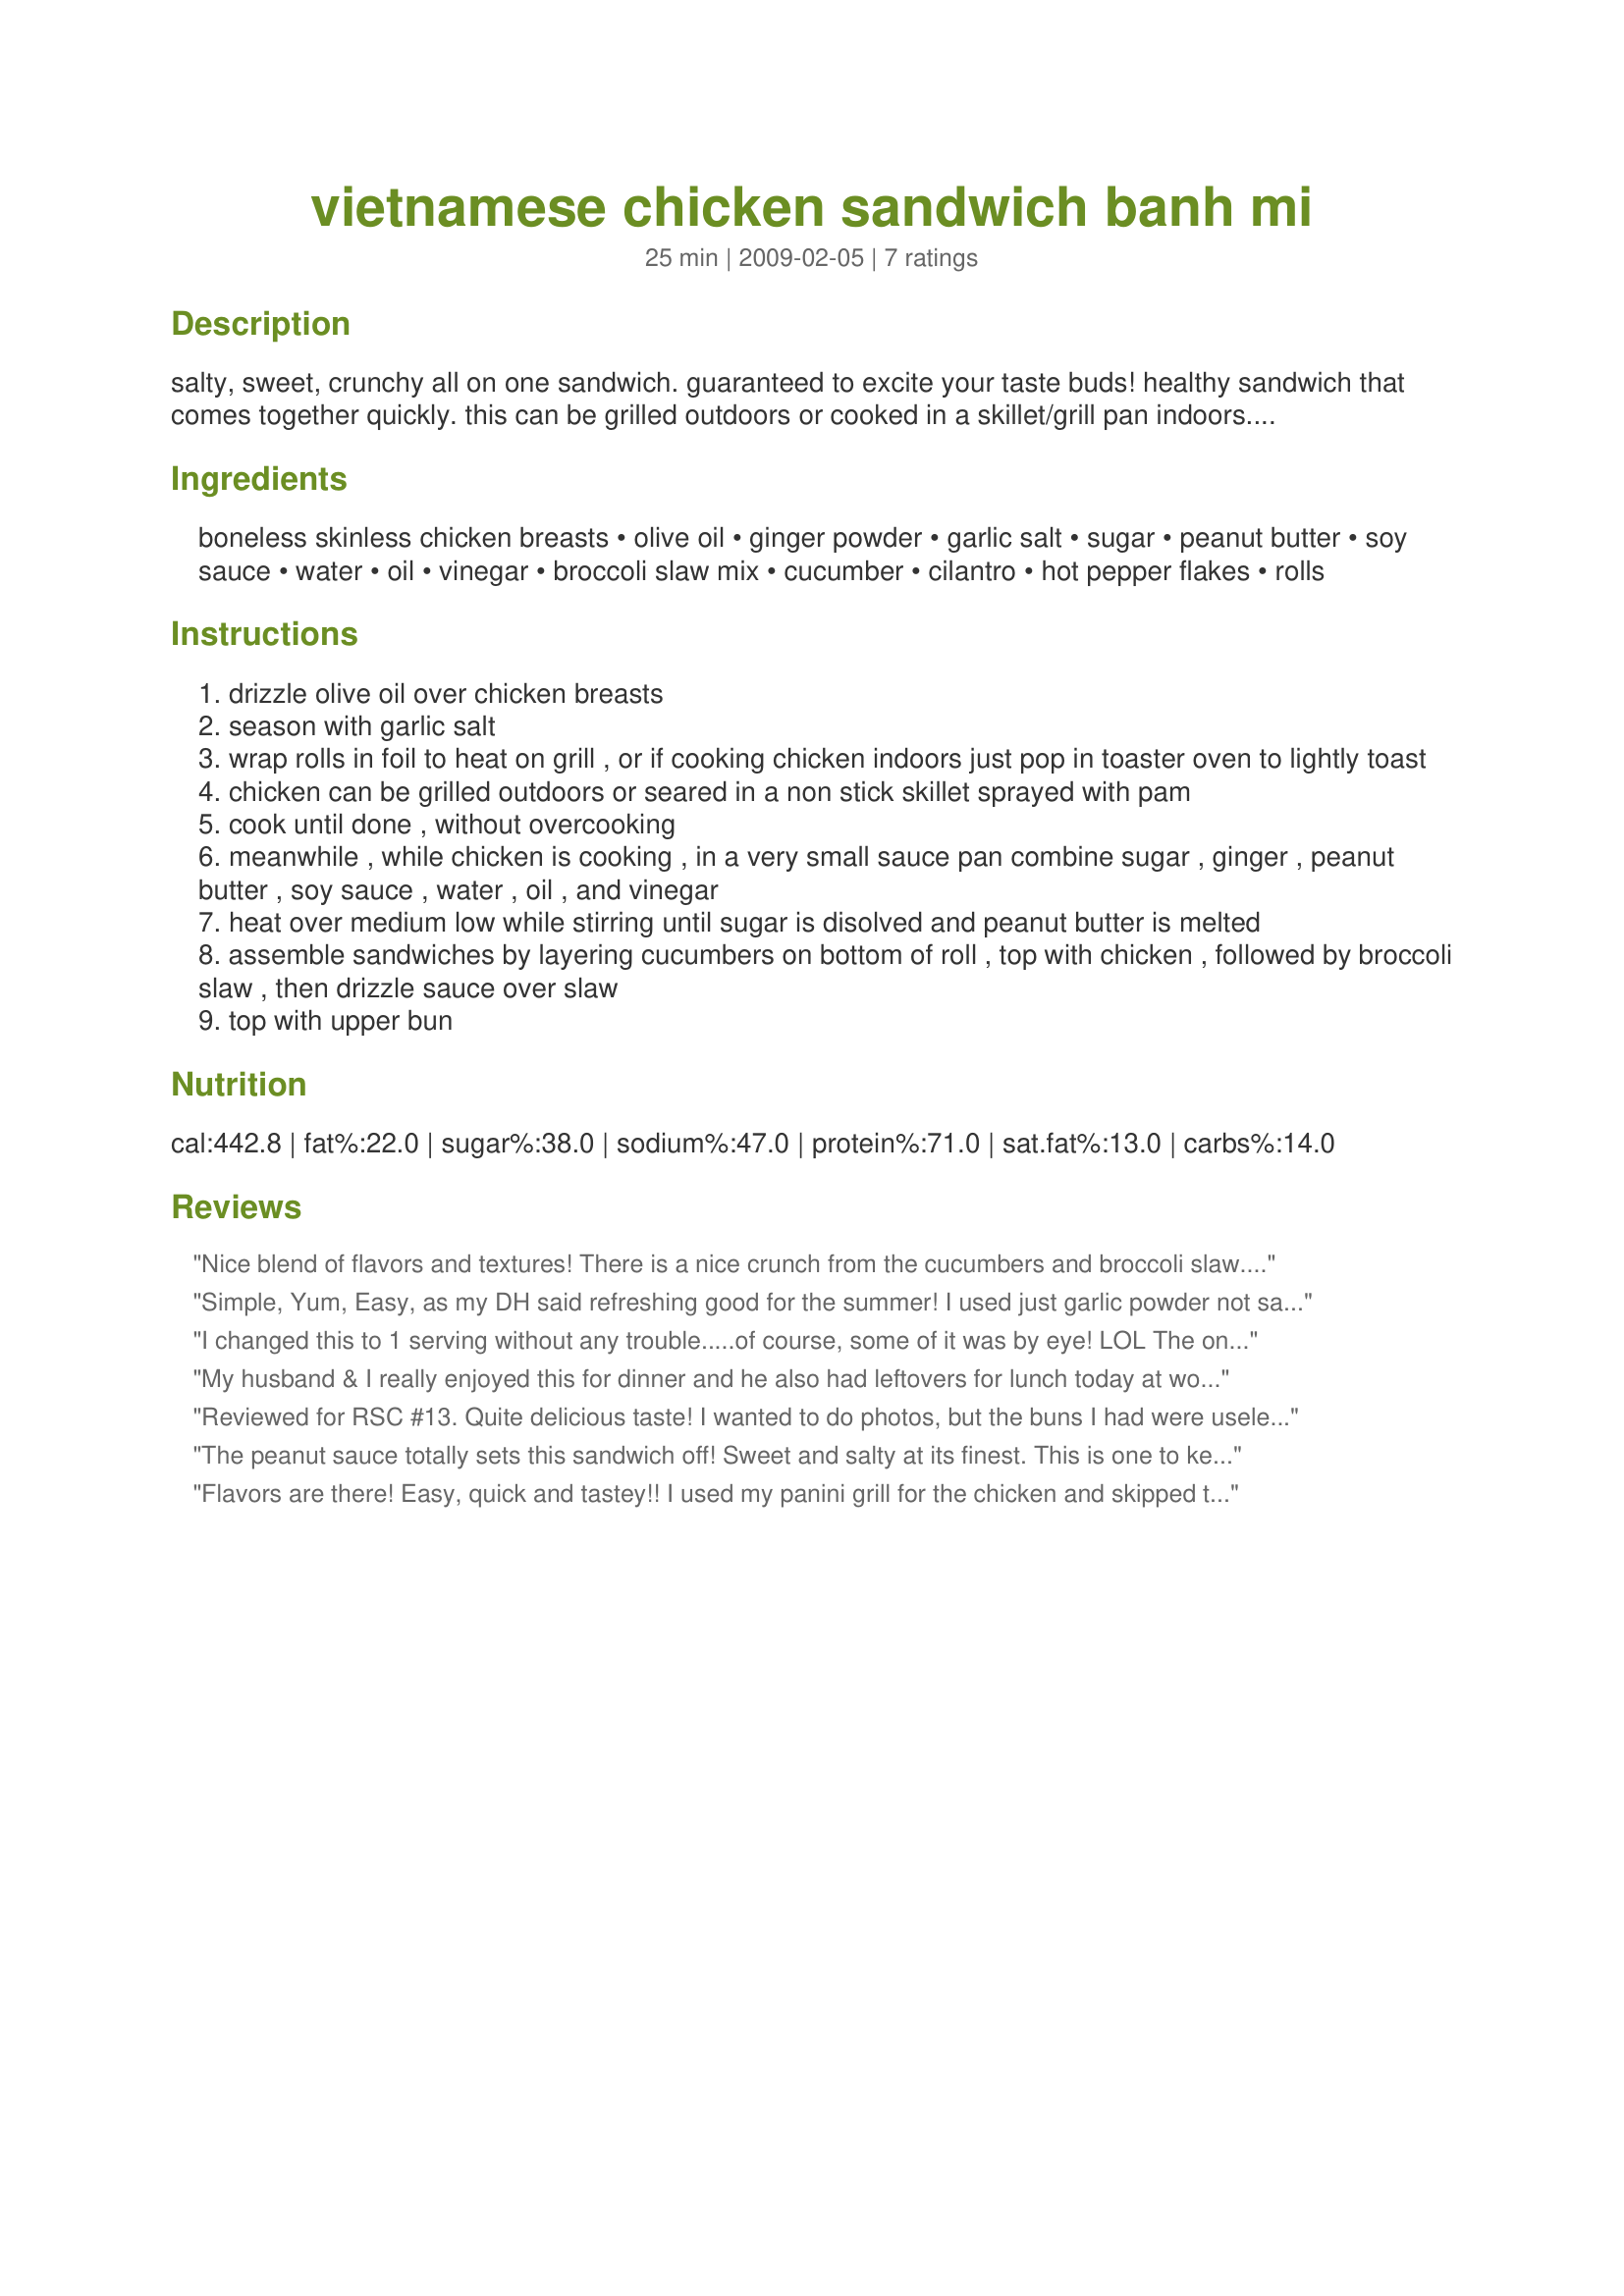
vietnamese chicken sandwich banh mi
Preparation time: 25 minutes

salty, sweet, crunchy all on one sandwich. guaranteed to excite your taste buds! healthy sandwich that comes together quickly. this can be grilled outdoors or cooked in a skillet/grill pan indoors. serve with a nice soup for a super simple, but healthy meal.

Ingredients:
boneless skinless chicken breasts, olive oil, ginger powder, garlic salt, sugar, peanut butter, soy sauce, water, oil, vinegar, broccoli slaw mix, cucumber, cilantro, hot pepper flakes, rolls

Steps:
drizzle olive oil over chicken breasts
season with garlic salt
wrap rolls in foil to heat on grill , or if cooking chicken indoors just pop in toaster oven to lightly toast
chicken can be grilled outdoors or seared in a non stick skillet sprayed with pam
cook until done , without overcooking
meanwhile , while chicken is cooking , in a very small sauce pan combine sugar , ginger , peanut butter , soy sauce , water , oil , and vinegar
heat over medium low while stirring until sugar is disolved and peanut butter is melted
assemble sandwiches by layering cucumbers on bottom of roll , top with chicken , followed by broccoli slaw , then drizzle sauce over slaw
top with upper bun

Reviews:
Nice blend of flavors and textures! There is a nice crunch from the cucumbers and broccoli slaw. I included both the optional cilantro (mixed into the slaw) and the red pepper flakes (mixed into the peanut sauce). I did find the peanut sauce a touch on the salty side, despite using reduced sodium soy sauce, so next time I will probably vary the ratio of water to soy sauce. Thanks for sharing! L-O-V-E '12 Event.
Simple, Yum, Easy, as my DH said refreshing good for the summer! I used just garlic powder not salt and still found the sauce a bit salty. I am hoping these are small chicken breast. 3 ounces is a serving size. Thanks for submitting for RSC #13.
I changed this to 1 serving without any trouble.....of course, some of it was by eye! LOL The only change I would make to this, is to mix the broccoli slaw with the p'nut sauce. (Personal preference!) I found these really thin sandwich buns. I toasted them lightly and were great. Overall, I was quite pleased with my sandwich! Oh, I did add the red pepper flakes, but added them to the sauce! Thnx for sharing your recipe, Vicki! Made for ZWT6
My husband & I really enjoyed this for dinner and he also had leftovers for lunch today at work. Great combination of flavors, they all just went well together! Great hit with our family! Made for zwt6 asia region!
Reviewed for RSC #13. Quite delicious taste! I wanted to do photos, but the buns I had were useless and started crumbling. We loved the taste combo here, except that the ingredients were (in my case) maybe a bit too top-heavy to top with another bun, and the sauce was not quite enough. I had to panfry the breasts, and they needed quite a bit more oil. Normally I would not substitute a thing in a competition recipe, but I was wary of the 2 Tbls sugar and used less. I used garlic powder and increased the peanut butter to 4 Tbls (we love the taste in these sauces). The recipe has delicious tastes (I did use a sprinkle of hot pepper flakes too, as suggested), but maybe it needs another tweak to get 5 stars. Thanks, chef!!
The peanut sauce totally sets this sandwich off! Sweet and salty at its finest. This is one to keep for a rainy afternoon when your feeling like a great hearty lunch!
Flavors are there! Easy, quick and tastey!!
I used my panini grill for the chicken and skipped the step of drizzling the oil on them. I used garlic powder instead of salt. The only change in the sauce was I used fresh ginger (had it on hand) and Tamari instead of soy (just a thicker richer soy).
I used the hot pepper flakes and cilantro for garnish.
Thank you and good luck in the contest!
